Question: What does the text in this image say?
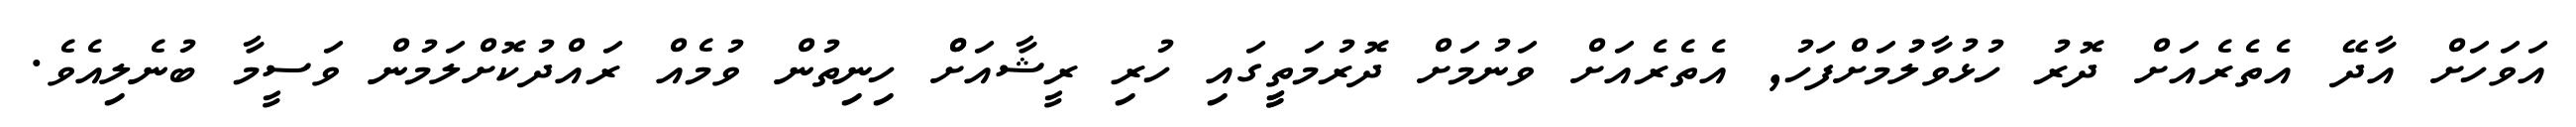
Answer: އަވަހަށް އާދޭ އެތެރެއަށް ދޮރު ހުޅުވާލުުމަށްފަހު, އެތެރެއަށް ވަނުމަށް ދޮރުމަތީީގައި ހުރި ރީޝާއަށްް ހިނިތުން ވުމެއް ރައްދުކޮށްލަމުން ވަސީމާ ބުނެލިއެވެ.